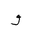
Letter: _waw